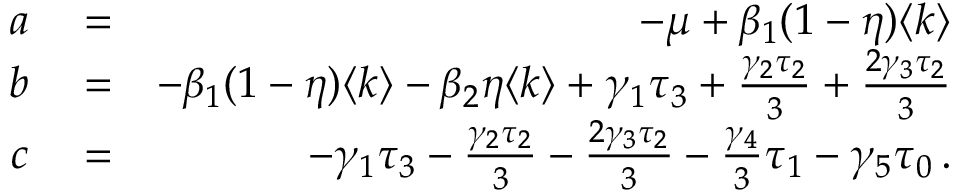
\begin{array} { r l r } { a } & { { } = } & { - \mu + \beta _ { 1 } ( 1 - \eta ) \langle k \rangle } \\ { b } & { { } = } & { - \beta _ { 1 } ( 1 - \eta ) \langle k \rangle - \beta _ { 2 } \eta \langle k \rangle + \gamma _ { 1 } \tau _ { 3 } + \frac { \gamma _ { 2 } \tau _ { 2 } } { 3 } + \frac { 2 \gamma _ { 3 } \tau _ { 2 } } { 3 } } \\ { c } & { { } = } & { - \gamma _ { 1 } \tau _ { 3 } - \frac { \gamma _ { 2 } \tau _ { 2 } } { 3 } - \frac { 2 \gamma _ { 3 } \tau _ { 2 } } { 3 } - \frac { \gamma _ { 4 } } { 3 } \tau _ { 1 } - \gamma _ { 5 } \tau _ { 0 } \, . } \end{array}